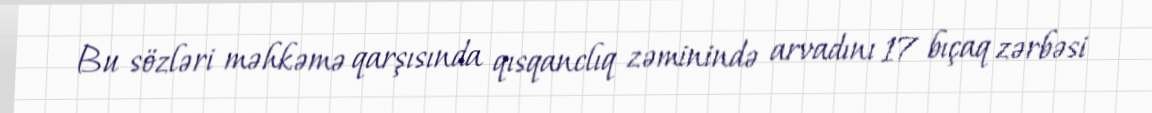
Bu sözləri məhkəmə qarşısında qısqanclıq zəminində arvadını 17 bıçaq zərbəsi